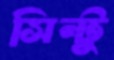
সিন্টু